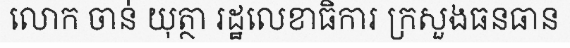
លោក ចាន់ យុត្ថា រដ្ឋលេខាធិការ ក្រសួងធនធាន